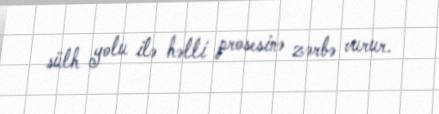
sülh yolu ilə həlli prosesinə zərbə vurur.